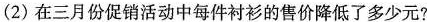
(2)在三月份促销活动中每件衬衫的售价降低了多少元?